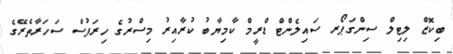
ބިކޮޒް ލިޓިލް ސިންގަޕޯރ ސައިލެންޓް ޑްރީމް ކާމިޔާބު ކުރާއިރު މިސްރުގެ ހިރަފުސް ސަހަރާތެރޭގެ